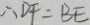
\therefore D F = B E